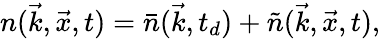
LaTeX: n(\vec{k},\vec{x},t)=\bar{n}(\vec{k},t_{d})+\tilde{n}(\vec{k},\vec{x},t),